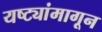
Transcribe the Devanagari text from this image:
यष्ट्यांमागून